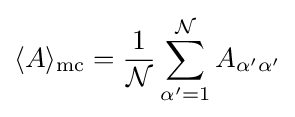
\langle A\rangle _{\text{mc}}={\frac {1}{\mathcal {N}}}\sum _{\alpha '=1}^{\mathcal {N}}A_{\alpha '\alpha '}